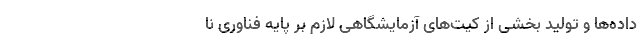
داده‌ها و تولید بخشی از كیت‌های آزمایشگاهی لازم بر پایه فناوری نا